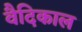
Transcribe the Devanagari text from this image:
वैदिकाल